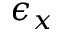
\epsilon _ { x }